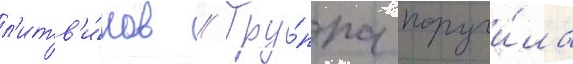
л'итв'и́нов // Гру́ппа поручи́ла